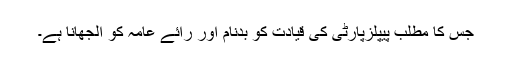
جس کا مطلب پیپلزپارٹی کی قیادت کو بدنام اور رائے عامہ کو الجھانا ہے۔